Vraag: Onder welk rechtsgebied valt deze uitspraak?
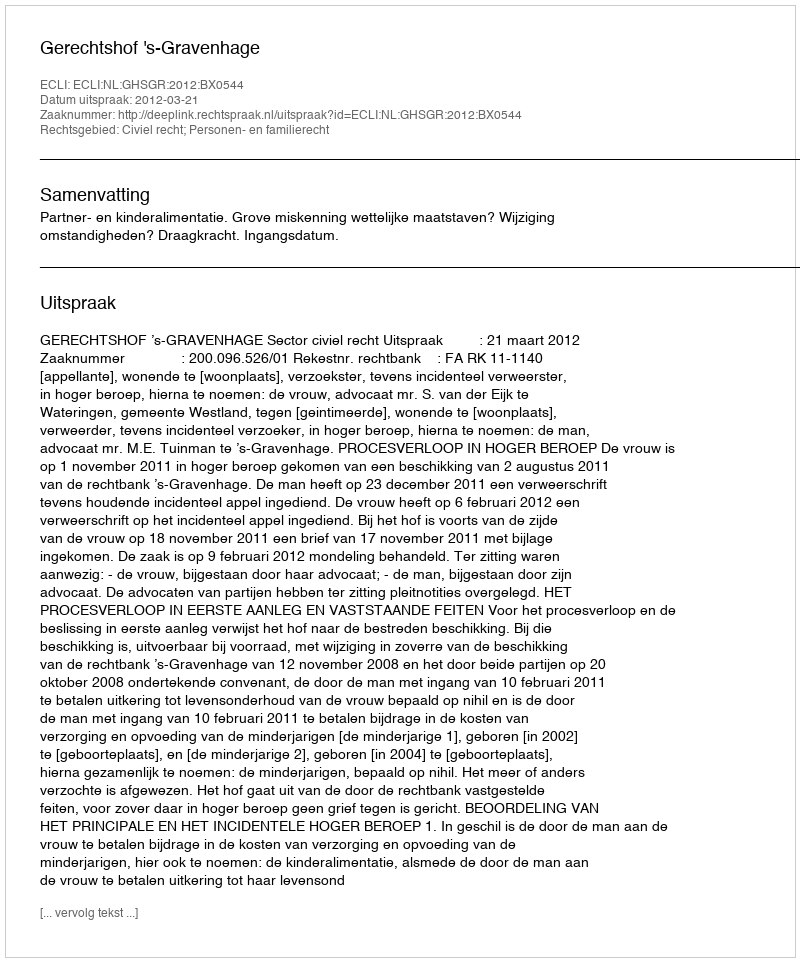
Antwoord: Civiel recht; Personen- en familierecht